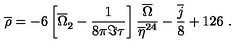
\overline { { \rho } } = - 6 \left[ { \overline { { \Omega } } } _ { 2 } ^ { \phantom { 2 } } - \frac { 1 } { 8 \pi \Im \tau } \right] \frac { \overline { { \Omega } } } { \overline { { \eta } } ^ { 2 4 } } - \frac { \overline { { j } } } { 8 } + 1 2 6 \ .